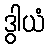
ဒွါယံ